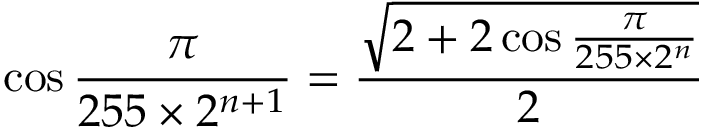
\cos { \frac { \pi } { 2 5 5 \times 2 ^ { n + 1 } } } = { \frac { \sqrt { 2 + 2 \cos { \frac { \pi } { 2 5 5 \times 2 ^ { n } } } } } { 2 } }